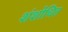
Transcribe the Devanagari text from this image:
शंशोधित